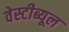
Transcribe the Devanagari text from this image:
वेस्टीब्यूल